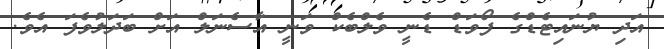
އަދި ޔުނައިޓެޑްގެ ފޯވަޑް ޑެނީ ވެލްބެކް ވަނީ އާސެނަލް އަށް ބަދަލުވެފަ އެވެ.